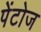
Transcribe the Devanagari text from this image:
पेंटोज